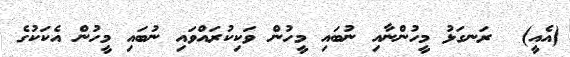
(އެއީ)  ރަނގަޅު މީހުންނާއި ނުބައި މީހުން ވަކިކުރައްވައި ނުބައި މީހުން އެކަކުގެ